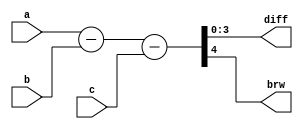
module Fbitsub(a,b,c,diff,brw);
  input [3:0] a,b,c;

  output [3:0]diff;
output brw;
  assign {brw,diff}=a-b-c;
endmodule